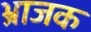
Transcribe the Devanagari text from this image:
भ्राजक